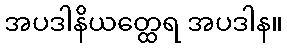
အပဒါနိယတ္ထေရ အပဒါန။